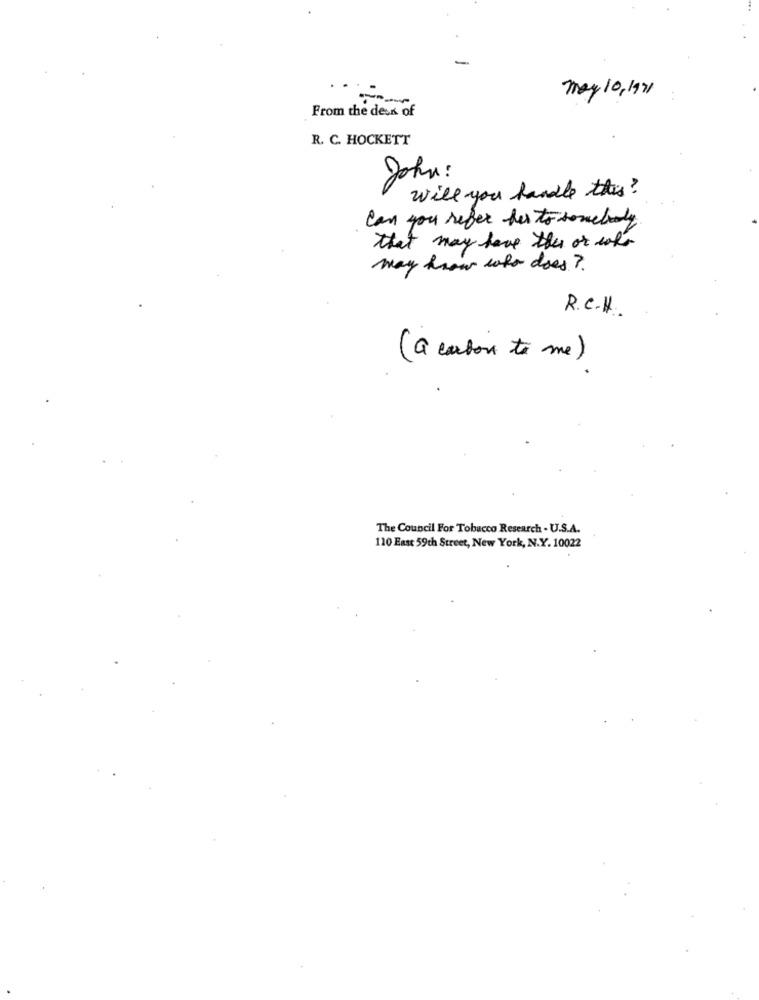
-
May 10, 1971
-
From the desk of
R. C. HOCKETT
John:
will you handle this?
Can you refer her to somebody
that may have the or cohr
may know who does ?.
R.C.H.
(a carbon to me)
The Council For Tobacco Research - U.S.A.
110 East 59th Street, New York, N.Y. 10022